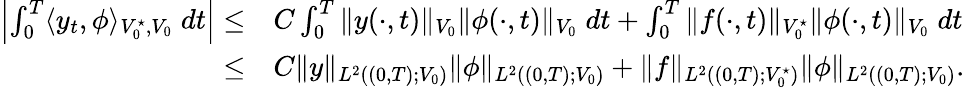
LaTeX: \begin{array}{rl}{\left|\int_{0}^{T}\langle y_{t},\phi\rangle_{V_{0}^{\star},V_{0}}\; dt\right|\leq}&{C\int_{0}^{T}\| y(\cdot,t)\| _{V_{0}}\| \phi(\cdot,t)\| _{V_{0}}\; dt+\int_{0}^{T}\| f(\cdot,t)\| _{V_{0}^{\star}}\| \phi(\cdot,t)\| _{V_{0}}\; dt}\\ {\leq}&{C\| y\| _{L^{2}((0,T);V_{0})}\| \phi\| _{L^{2}((0,T);V_{0})}+\| f\| _{L^{2}((0,T);V_{0}^{\star})}\| \phi\| _{L^{2}((0,T);V_{0})}.}\end{array}